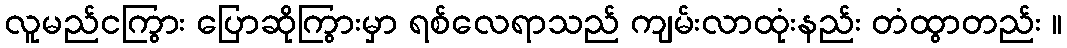
လူမည်ငကြွား ပြောဆိုကြွားမှာ ရစ်လေရာသည် ကျမ်းလာထုံးနည်း တံထွာတည်း ။